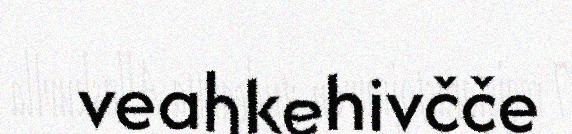
veahkehivčče